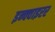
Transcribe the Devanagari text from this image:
इन्क्वाइरर